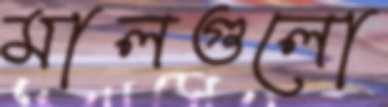
মালগুলো